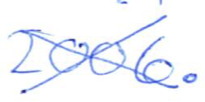
Text: 2006.
Cross-out: mix
Writing tool: ballpoint